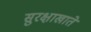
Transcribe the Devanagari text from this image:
सुरक्षाखाते